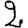
Digit: 2